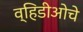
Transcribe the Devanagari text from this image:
व्हिडीओचे